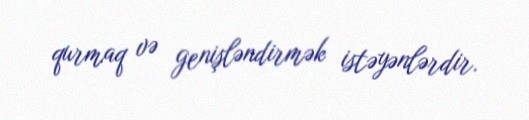
qurmaq və genişləndirmək istəyənlərdir.